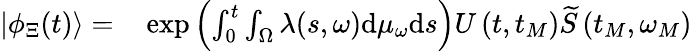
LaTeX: \begin{array}{rl}{\left|\phi_{\Xi}(t)\right\rangle=}&{{}\exp\left(\int_{0}^{t}\int_{\Omega}\lambda(s,\omega)\mathrm{d}\mu_{\omega}\mathrm{d}s\right)U\left(t,t_{M}\right)\widetilde{S}\left(t_{M},\omega_{M}\right)}\end{array}